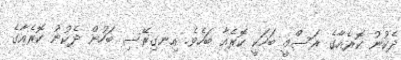
ދެކުނު ކޮރެއާގެ ރަސްމީ ބަހަކީ ކޮރެއާ ބަހެވެ. އިނގިރޭސި ބަހުން ދެކުނު ކޮރެއާގެ